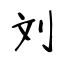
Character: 刘